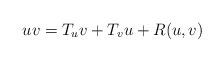
LaTeX: \begin{align*}uv=T_uv+T_vu+R(u,v)\end{align*}